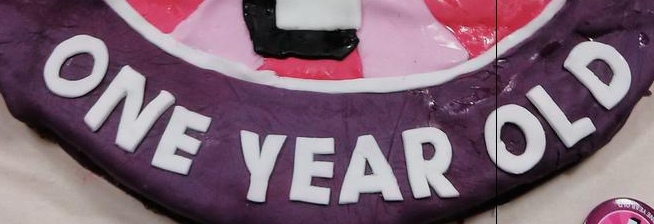
ONE YEAR OLD